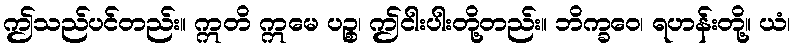
ဤသည်ပင်တည်း။ ဣတိ ဣမေ ပဉ္စ၊ ဤငါးပါးတို့တည်း။ ဘိက္ခဝေ၊ ရဟန်းတို့။ ယံ၊